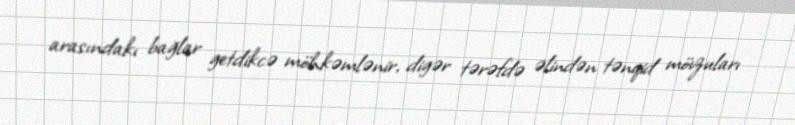
arasındakı bağlar getdikcə möhkəmlənir, digər tərəfdə əlindən tənqid mövzuları